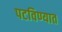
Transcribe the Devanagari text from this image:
पटविण्यात